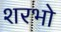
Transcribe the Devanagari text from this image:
शरभो